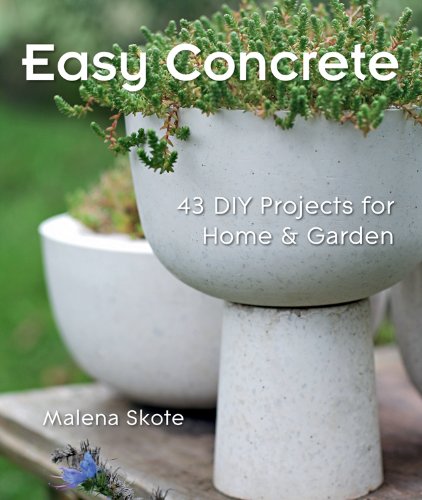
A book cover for Easy Concrete: 43 DIY Projects for Home & Garden; Malena Skote; Crafts, Hobbies & Home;